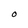
Character: O